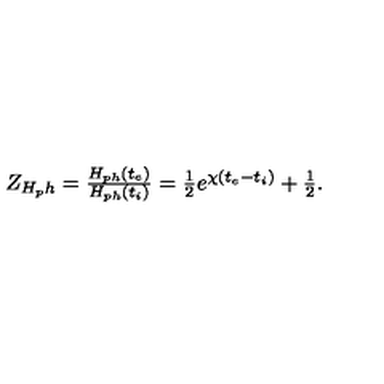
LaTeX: \begin{array} { l } { Z _ { H _ { p } h } = \frac { H _ { p h } ( t _ { e } ) } { H _ { p h } ( t _ { i } ) } = \frac { 1 } { 2 } e ^ { \chi ( t _ { e } - t _ { i } ) } + \frac { 1 } { 2 } . } \\ \end{array}